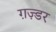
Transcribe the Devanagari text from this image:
ग़ज़्डर